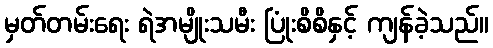
မှတ်တမ်းရေး ရဲအမျိုးသမီး ပြုံးစိစိနှင့် ကျန်ခဲ့သည်။